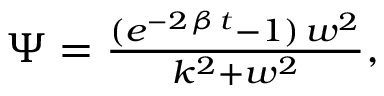
\begin{array} { r } { \Psi = \frac { ( { e } ^ { - 2 \, \beta \, t } - 1 ) \, { w } ^ { 2 } } { { k } ^ { 2 } + { w } ^ { 2 } } , } \end{array}